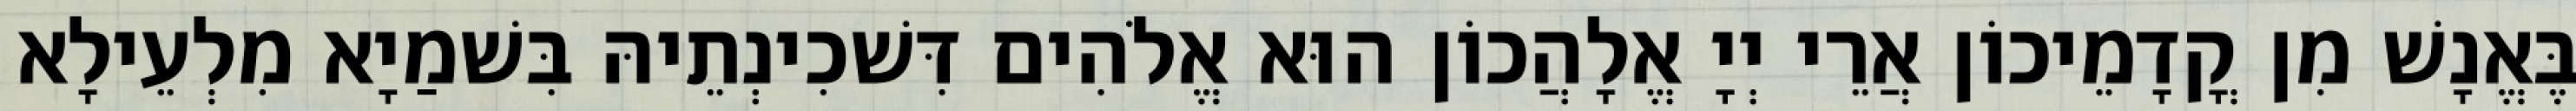
בֶּאֱנָשׁ מִן קֳדָמֵיכוֹן אֲרֵי יְיָ אֱלָהֲכוֹן הוּא אֱלֹהִים דִּשׁכִינְתֵיהּ בִּשׁמַיָא מִלְעֵילָא